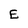
Character: E